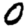
Digit: 0